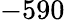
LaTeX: -590